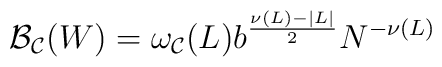
{\cal B_C}(W) = \omega_{\cal C}(L) b^\frac{\nu(L)-|L|}{2} N^{-\nu(L)}